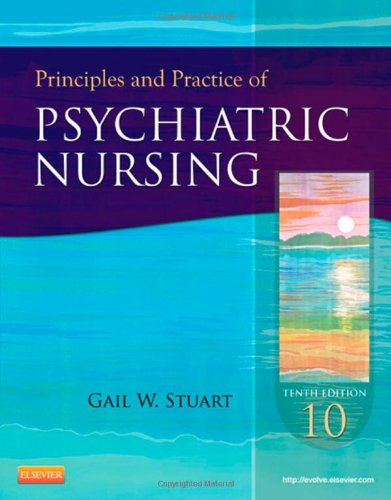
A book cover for Principles and Practice of Psychiatric Nursing, 10e (Principles and Practice of Psychiatric Nursing (Stuart)); Gail Wiscarz Stuart PhD  RN  FAAN; Medical Books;